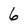
Character: 6